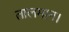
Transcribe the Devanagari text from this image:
तालमान।